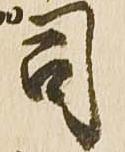
司